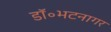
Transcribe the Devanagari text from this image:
डॉ॰भटनागर